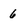
Character: 6